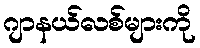
ဂျာနယ်လစ်များကို